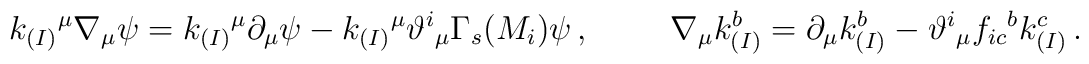
k_{(I)}{}^{\mu}\nabla_{\mu}\psi = k_{(I)}{}^{\mu}\partial_{\mu}\psi -k_{(I)}{}^{\mu}\vartheta^{i}{}_{\mu}\Gamma_{s}(M_{i})\psi\, ,\hspace{1cm}\nabla_{\mu}k_{(I)}^{b} = \partial_{\mu}k_{(I)}^{b} -\vartheta^{i}{}_{\mu}f_{ic}{}^{b}k_{(I)}^{c}\, .